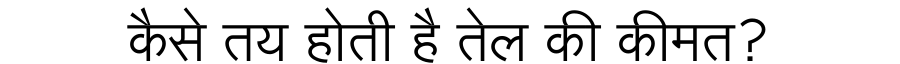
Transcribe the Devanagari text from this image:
कैसे तय होती है तेल की कीमत?